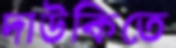
দাউকিতে